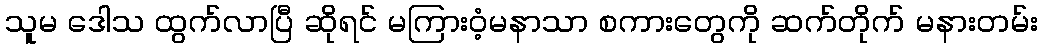
သူမ ဒေါသ ထွက်လာပြီ ဆိုရင် မကြားဝံ့မနာသာ စကားတွေကို ဆက်တိုက် မနားတမ်း